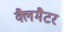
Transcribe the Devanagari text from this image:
क्लैमैटर